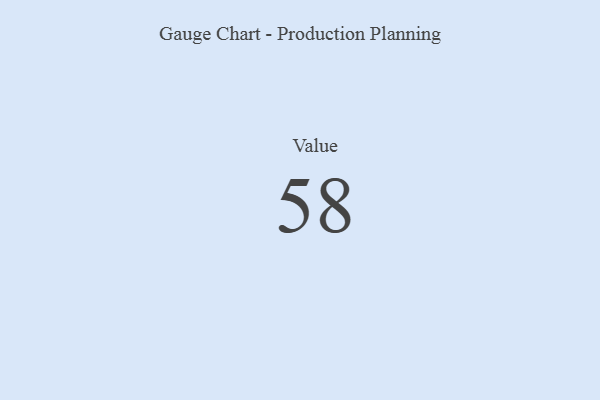
{"axis": {"x": "Metric", "y": "Value"}, "legend": [""], "data": [{"x": "Value", "y": 58, "type": ""}]}